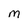
Character: M